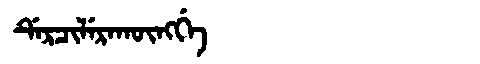
Manchu: ᡩᡝᡵᠴᡳᠯᡝᡵᠠᡴᡡᠩᡤᡝ
Romanization: DERCILERAKŪNGGE